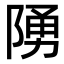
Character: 𨺳